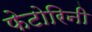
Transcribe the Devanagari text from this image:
फेटोरिनी